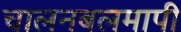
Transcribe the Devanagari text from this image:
चालनबलमापी